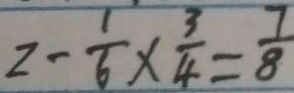
2 - \frac { 1 } { 6 } \times \frac { 3 } { 4 } = \frac { 7 } { 8 }